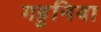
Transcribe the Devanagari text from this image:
गहुनिया